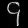
Digit: ၄